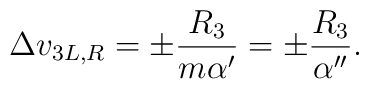
\Delta v_{3L,R} = \pm \frac{R_3}{m\alpha'} = \pm \frac{R_3}{\alpha''}.